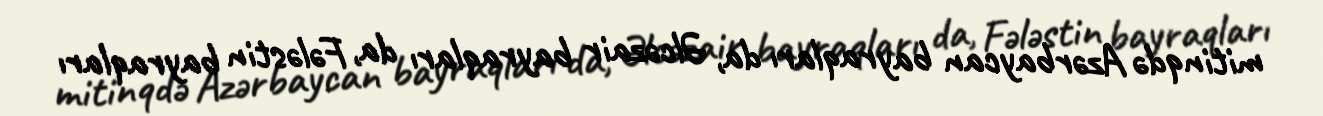
mitinqdə Azərbaycan bayraqları da, Əlcəzair bayraqları da, Fələstin bayraqları